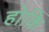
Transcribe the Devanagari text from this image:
होकि